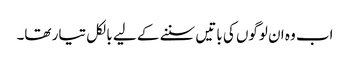
اب وہ ان لوگوں کی باتیں سننے کے لیے بالکل تیار تھا۔